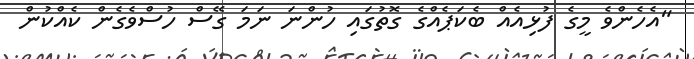
"އެހެންވެ މީގެ ފުޅިއެއް ބެކަޕެއްގެ ގޮތުގައި ހުންނަ ނަމަ ގޭސް ހުސްވެގެން ކެއްކުން